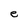
Character: e